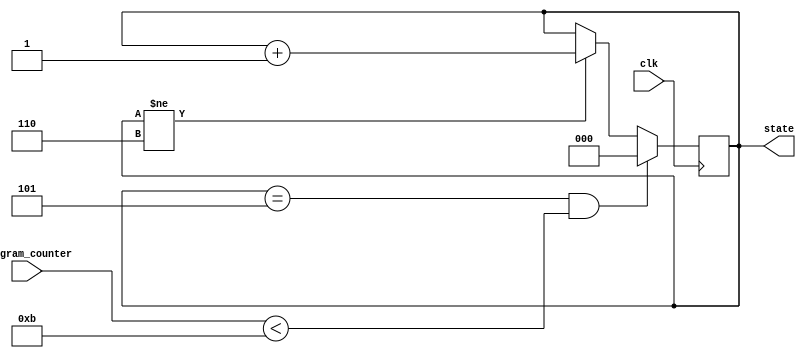
`timescale 1ns / 1ps
//////////////////////////////////////////////////////////////////////////////////
// Company: 
// Engineer: 
// 
// Design Name: 
// Module Name:    state 
// Project Name: 
// Target Devices: 
// Tool versions: 
// Description: 
//
// Dependencies: 
//
// Revision: 
// Revision 0.01 - File Created
// Additional Comments: 
//
//////////////////////////////////////////////////////////////////////////////////
`define STATE_READ_FROM_INSTRUCTION 0
`define STATE_WRITE 5
`define STATE_OUTPUT 6
`define MAX_PC 11
module state(clk, program_counter, state
    );
   	input clk;
   	input [7:0] program_counter;
	output [2:0] state;
	
	reg [2:0] state;
	
	initial begin
	   	state = `STATE_READ_FROM_INSTRUCTION;
	end
	
	always @ (posedge clk) begin
	   	if ((state == `STATE_WRITE) && (program_counter < `MAX_PC)) begin
         		state <= `STATE_READ_FROM_INSTRUCTION;
		end
		else if (state != `STATE_OUTPUT) begin
		   	state <= state + 1;
		end
	end
endmodule